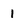
Character: 1